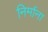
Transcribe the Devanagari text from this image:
निर्माना